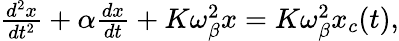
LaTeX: \begin{array}{r}{\frac{d^{2}x}{dt^{2}}+\alpha\frac{dx}{dt}+K\omega_{\beta}^{2}x=K\omega_{\beta}^{2}x_{c}(t)\mathrm{,}}\end{array}